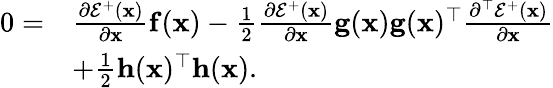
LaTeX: \begin{array}{rl}{0=}&{\frac{\partial\mathcal{E}^{+}(\mathbf{x})}{\partial\mathbf{x}}\mathbf{f}(\mathbf{x})-\frac{1}{2}\frac{\partial\mathcal{E}^{+}(\mathbf{x})}{\partial\mathbf{x}}\mathbf{g}(\mathbf{x})\mathbf{g}(\mathbf{x})^{\top}\frac{\partial^{\top}\mathcal{E}^{+}(\mathbf{x})}{\partial\mathbf{x}}}\\ &{+\frac{1}{2}\mathbf{h}(\mathbf{x})^{\top}\mathbf{h}(\mathbf{x}).}\end{array}